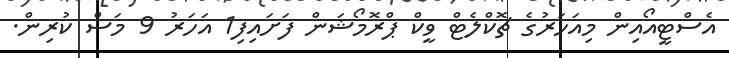
އެސްޓީއޯއިން މިއަހަރުގެ ޗޮކްލެޓް ވީކް ޕްރޮމޯޝަން ފަށައިފި1 އަހަރު 9 މަސް ކުރިން.